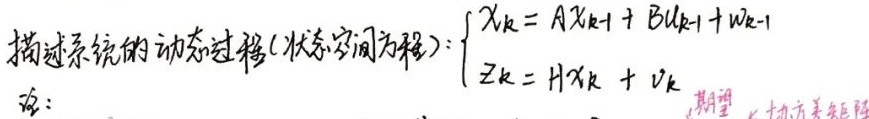
描述系统的动态过程 (状态空间方程)：
\[\begin{cases}
\mathbf{x}_{k}=A\mathbf{x}_{k - 1}+B\mathbf{u}_{k - 1}+\mathbf{w}_{k - 1}\\
\mathbf{z}_{k}=H\mathbf{x}_{k}+\mathbf{v}_{k}
\end{cases}\]

注：期望 协方差矩阵